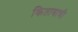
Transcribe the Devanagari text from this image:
किताबाची